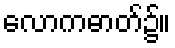
လောကဓာတ်၌။